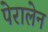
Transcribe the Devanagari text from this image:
पेरालेन